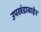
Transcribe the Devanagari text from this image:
उपखंडाबाहेर